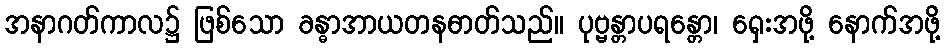
အနာဂတ်ကာလ၌ ဖြစ်သော ခန္ဓာအာယတနဓာတ်သည်။ ပုဗ္ဗန္တာပရန္တော၊ ရှေးအဖို့ နောက်အဖို့